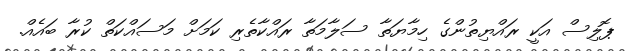
ޕޮލިސް އަކީ ރައްޔިތުންގެ ހިމާޔަތާ ސަލާމަތާ ރައްކާތެރި ކަމަށް މަސައްކަތް ކުރާ ބައެއް.